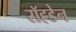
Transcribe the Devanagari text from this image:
रॉह्डेन